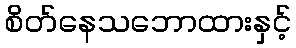
စိတ်နေသဘောထားနှင့်